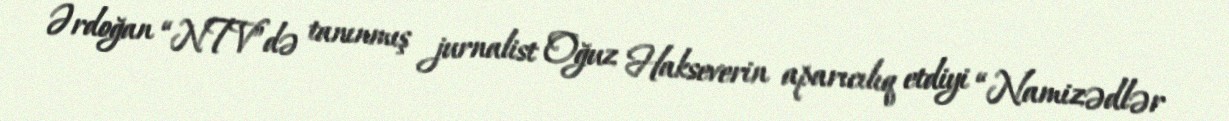
Ərdoğan “NTV”də tanınmış jurnalist Oğuz Hakseverin aparıcılıq etdiyi “Namizədlər